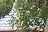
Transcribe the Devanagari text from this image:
डार्न